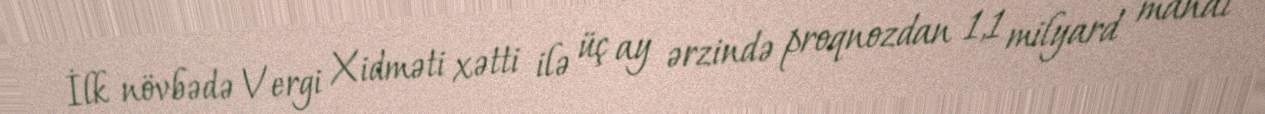
İlk növbədə Vergi Xidməti xətti ilə üç ay ərzində proqnozdan 1,1 milyard manat